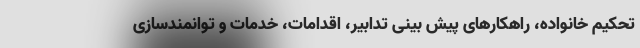
تحکیم خانواده، راهکارهای پیش بینی تدابیر، اقدامات، خدمات و توانمندسازی